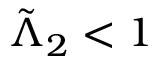
\tilde { \Lambda } _ { 2 } < 1